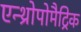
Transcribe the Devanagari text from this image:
एन्थ्रोपोमैट्रिक